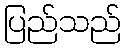
ပြည်သည်